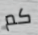
كم